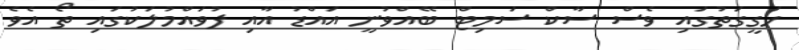
ހަގީގަތުގައި ވެސް ސާކް ސަމިޓް ބޭއްވުނީ އައްޑު އާއި ފުވައްމުލަކުގައި ތޯ އެވެ